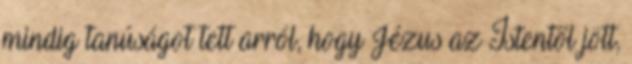
mindig tanúságot tett arról, hogy Jézus az Istentől jött,